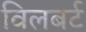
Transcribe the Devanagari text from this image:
विलबर्ट